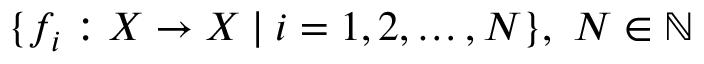
\{ f _ { i } : X \to X \mid i = 1 , 2 , \dots , N \} , \ N \in \mathbb { N }